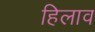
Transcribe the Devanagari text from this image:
हिलाव